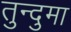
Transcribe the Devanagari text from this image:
तुन्दुमा